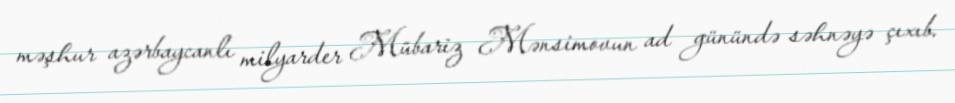
məşhur azərbaycanlı milyarder Mübariz Mənsimovun ad günündə səhnəyə çıxıb.